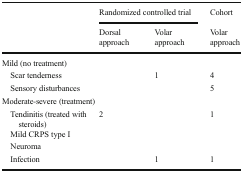
<table><thead><tr><td rowspan="2"></td><td colspan="2"><b>Randomized controlled trial</b></td><td><b>Cohort</b></td></tr><tr><td><b>Dorsal approach</b></td><td><b>Volar approach</b></td><td><b>Volar approach</b></td></tr></thead><tbody><tr><td colspan="4">Mild (no treatment)</td></tr><tr><td> Scar tenderness</td><td></td><td>1</td><td>4</td></tr><tr><td> Sensory disturbances</td><td></td><td></td><td>5</td></tr><tr><td colspan="4">Moderate-severe (treatment)</td></tr><tr><td> Tendinitis (treated with steroids)</td><td>2</td><td></td><td>1</td></tr><tr><td> Mild CRPS type I</td><td></td><td></td><td></td></tr><tr><td> Neuroma</td><td></td><td></td><td></td></tr><tr><td> Infection</td><td></td><td>1</td><td>1</td></tr></tbody></table>